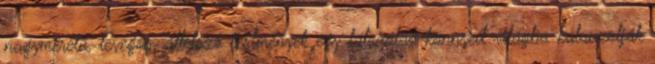
nagyméretű, levegős, áttetsző festmények egy látszólag könnyed világba kalauzolják